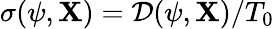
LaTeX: \sigma(\psi,\mathbf{X})=\mathcal{{D}}(\psi,\mathbf{X})/T_{0}